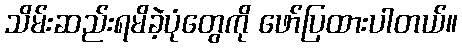
သိမ်းဆည်းရမိခဲ့ပုံတွေကို ဖော်ပြထားပါတယ်။